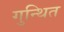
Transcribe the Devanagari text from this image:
गुन्थित